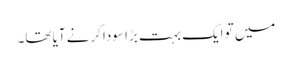
میں تو ایک بہت بڑا سودا کرنے آیا تھا۔